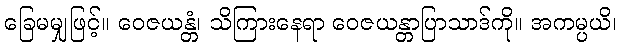
ခြေမမျှဖြင့်။ ဝေဇယန္တံ၊ သိကြားနေရာ ဝေဇယန္တာပြာသာဒ်ကို။ အကမ္ပယိ၊